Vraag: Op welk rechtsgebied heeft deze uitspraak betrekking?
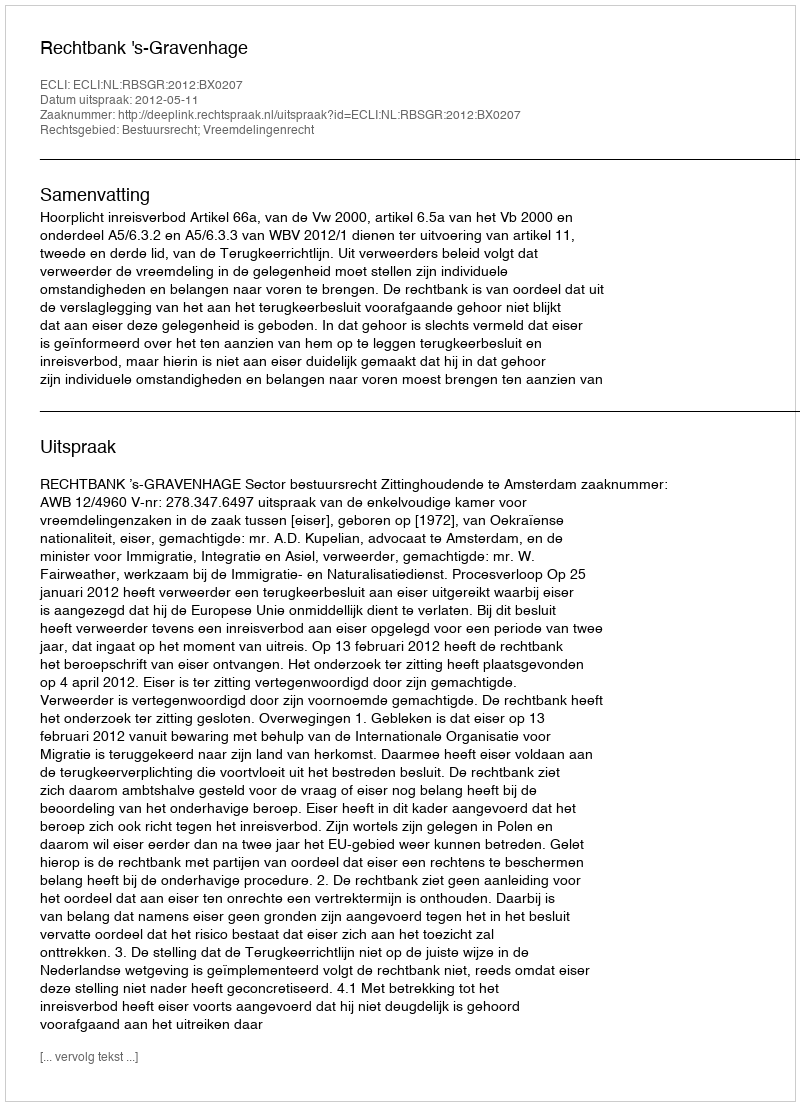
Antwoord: Bestuursrecht; Vreemdelingenrecht